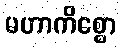
မဟာကိစ္စော